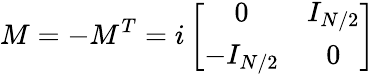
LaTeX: M=-M^{T}=i\left[\begin{array}{cc}{{0}}&{{I_{N/2}}}\\ {{-I_{N/2}}}&{{0}}\end{array}\right]